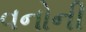
વનોની